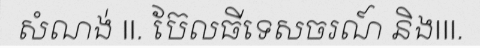
សំណង់ II. ប៊ែលធីទេសចរណ៍ និងIII.